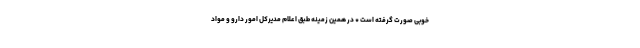
خوبی صورت گرفته است * در همین زمینه طبق اعلام مدیرکل امور دارو و مواد